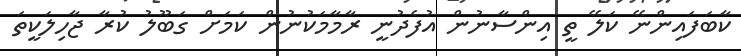
ކާބަފައިންނޭ ކަލޭ ތީ އިންސާނުން އުފެދުނީ ރާމާމަކުނުން ކަމަށް ގަބޫލު ކުރާ ޖާހިލަކީތަ